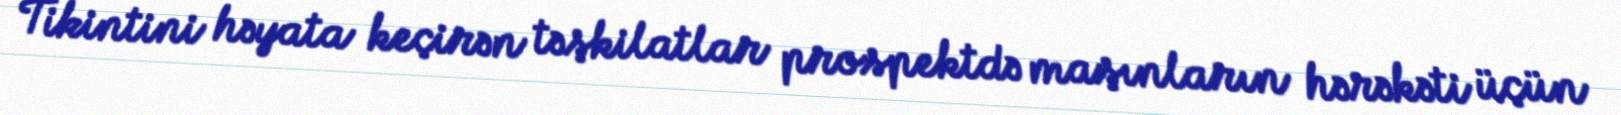
Tikintini həyata keçirən təşkilatlar prospektdə maşınların hərəkəti üçün